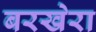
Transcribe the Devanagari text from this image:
बरखेरा